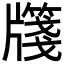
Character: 𭷎